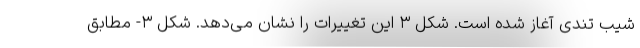
شیب تندی آغاز شده است. شکل ۳ این تغییرات را نشان می‌دهد. شکل ۳- مطابق